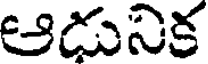
ఆడునిక